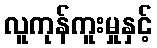
လူကုန်ကူးမှုနှင့်